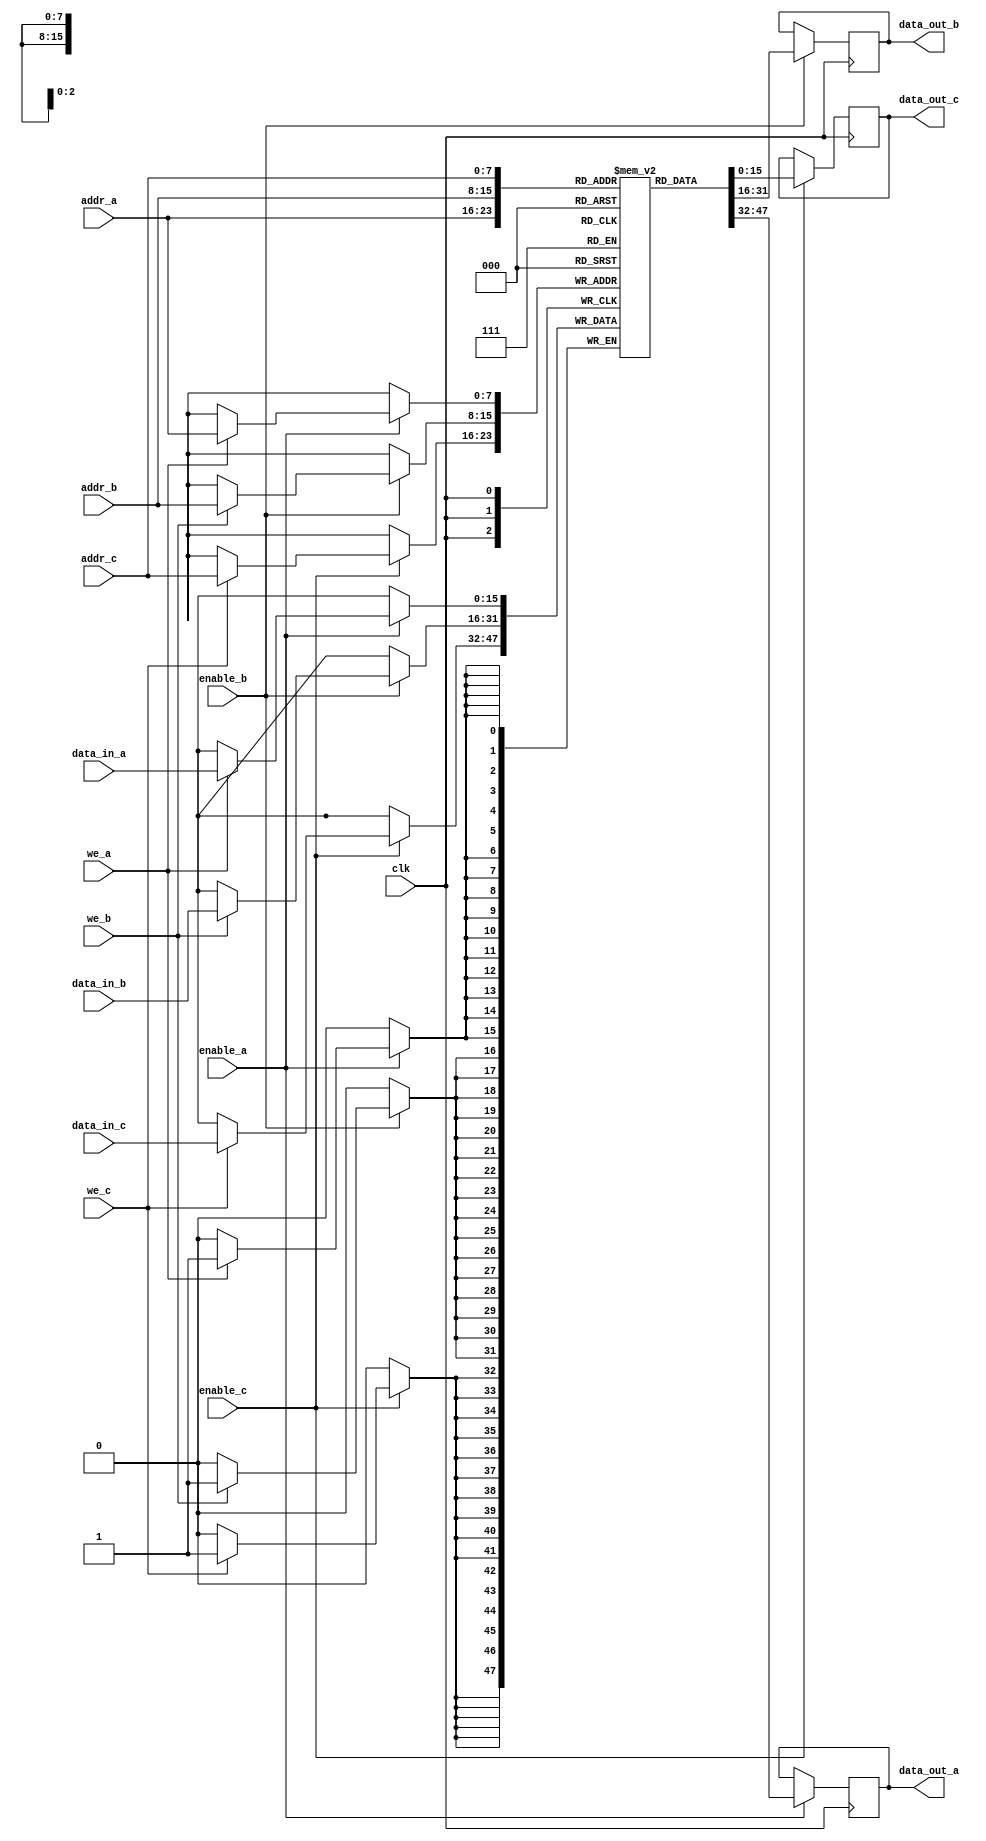
module TriplePortRAM #(
    parameter ADDR_WIDTH = 8,  // Width of the address bus
    parameter DATA_WIDTH = 16,  // Width of the data bus
    parameter MEM_DEPTH = 256    // Depth of the memory array
) (
    input wire clk,              // Clock signal
    input wire enable_a,         // Enable signal for Port A
    input wire enable_b,         // Enable signal for Port B
    input wire enable_c,         // Enable signal for Port C
    input wire we_a,             // Write enable for Port A
    input wire we_b,             // Write enable for Port B
    input wire we_c,             // Write enable for Port C
    input wire [ADDR_WIDTH-1:0] addr_a, // Address for Port A
    input wire [ADDR_WIDTH-1:0] addr_b, // Address for Port B
    input wire [ADDR_WIDTH-1:0] addr_c, // Address for Port C
    input wire [DATA_WIDTH-1:0] data_in_a, // Data input for Port A
    input wire [DATA_WIDTH-1:0] data_in_b, // Data input for Port B
    input wire [DATA_WIDTH-1:0] data_in_c, // Data input for Port C
    output reg [DATA_WIDTH-1:0] data_out_a, // Data output for Port A
    output reg [DATA_WIDTH-1:0] data_out_b, // Data output for Port B
    output reg [DATA_WIDTH-1:0] data_out_c  // Data output for Port C
);

    // Memory array declaration
    reg [DATA_WIDTH-1:0] mem [0:MEM_DEPTH-1];

    // Write operation with arbitration
    always @(posedge clk) begin
        if (enable_a) begin
            if (we_a) begin
                mem[addr_a] <= data_in_a; // Write data to memory for Port A
            end 
            data_out_a <= mem[addr_a]; // Read data from memory for Port A
        end

        if (enable_b) begin
            if (we_b) begin
                mem[addr_b] <= data_in_b; // Write data to memory for Port B
            end
            data_out_b <= mem[addr_b]; // Read data from memory for Port B
        end

        if (enable_c) begin
            if (we_c) begin
                mem[addr_c] <= data_in_c; // Write data to memory for Port C
            end
            data_out_c <= mem[addr_c]; // Read data from memory for Port C
        end
    end

endmodule